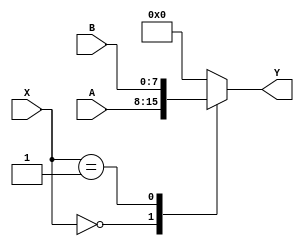
module case_statement_example (
    input wire [1:0] X,
    input wire [7:0] A,
    input wire [7:0] B,
    output reg [7:0] Y
);

always @* begin
    case (X)
        2'b00: Y = A; // If X = 00, Y = A
        2'b01: Y = B; // If X = 01, Y = B
        default: Y = 8'b00000000; // Default case
    endcase
end

endmodule